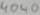
Text: 4040